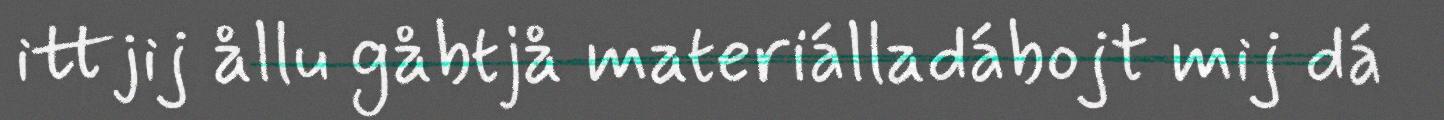
ittjij ållu gåbtjå materiálladábojt mij dá